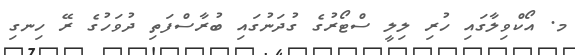
މ. އޯކްވިލާގައި ހުރި ލިލީ ސްޓޯރުގެ ގުދަނުގައި ބުރާސްފަތި ދުވަހުގެ ރޭ ހިނގި